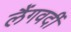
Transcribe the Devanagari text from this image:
लैंगवर्दी